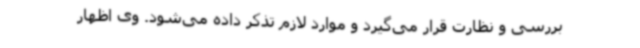
بررسی و نظارت قرار می‌گیرد و موارد لازم تذکر داده می‌شود. وی اظهار